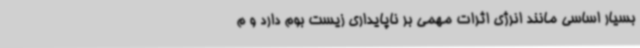
بسیار اساسی مانند انرژی اثرات مهمی بر ناپایداری زیست بوم دارد و م